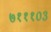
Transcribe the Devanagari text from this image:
७१११०३